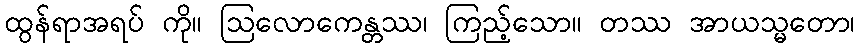
ထွန်ရာအရပ် ကို။ ဩလောကေန္တဿ၊ ကြည့်သော။ တဿ အာယသ္မတော၊